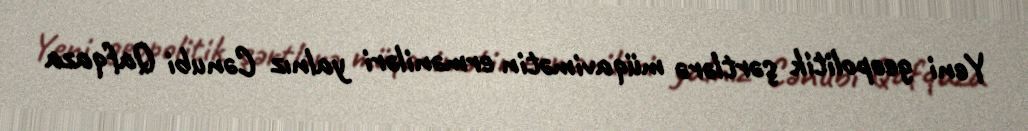
Yeni geopolitik şərtlərə müqavimətin erməniləri yalnız Cənubi Qafqaza